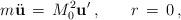
LaTeX: \begin{align*}m\ddot{\bf u}\,=\,M_{0}^{2}{\bf u}'\,{,}\qquad r\,=\,0\,{,}\end{align*}